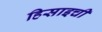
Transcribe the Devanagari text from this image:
हिसाइची